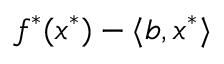
f ^ { * } ( x ^ { * } ) - \langle b , x ^ { * } \rangle